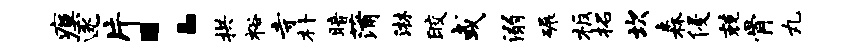
瘼逐片：拱裕寺朴暗蒲淋皎或溺碾板拓坎森侵兢骨丸